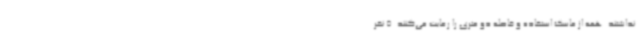
نداشتند. همه از ماسک استفاده و فاصله دو متری را رعایت می‌کنند. 5 نفر